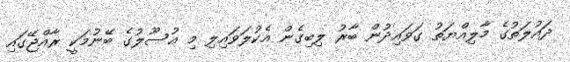
ދައުލަތުގެ މާލިއްޔަތު ގަވައިދުން ބާރު ލިބިގެން އެކުލަވައިލި މި އުސޫލުގެ ބޭނުމަކީ ރާއްޖޭގައި